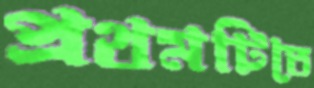
প্রথমটিতে